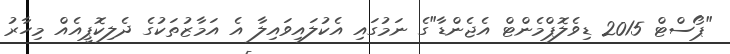
"ޕޯސްޓް 2015 ޑިވެލޮޕްމެންޓް އެޖެންޑާ"ގެ ނަމުގައި އެކުލައިވައިލާ އެ އަމާޒުތަކުގެ ދެލިކޮޕީއެއް މިހާރު